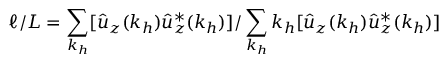
\ell / L = \sum _ { k _ { h } } [ \hat { u } _ { z } ( k _ { h } ) \hat { u } _ { z } ^ { * } ( k _ { h } ) ] / \sum _ { k _ { h } } k _ { h } [ \hat { u } _ { z } ( k _ { h } ) \hat { u } _ { z } ^ { * } ( k _ { h } ) ]